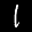
Label: 1